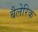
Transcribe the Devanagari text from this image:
बैलेरिक